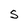
Character: S